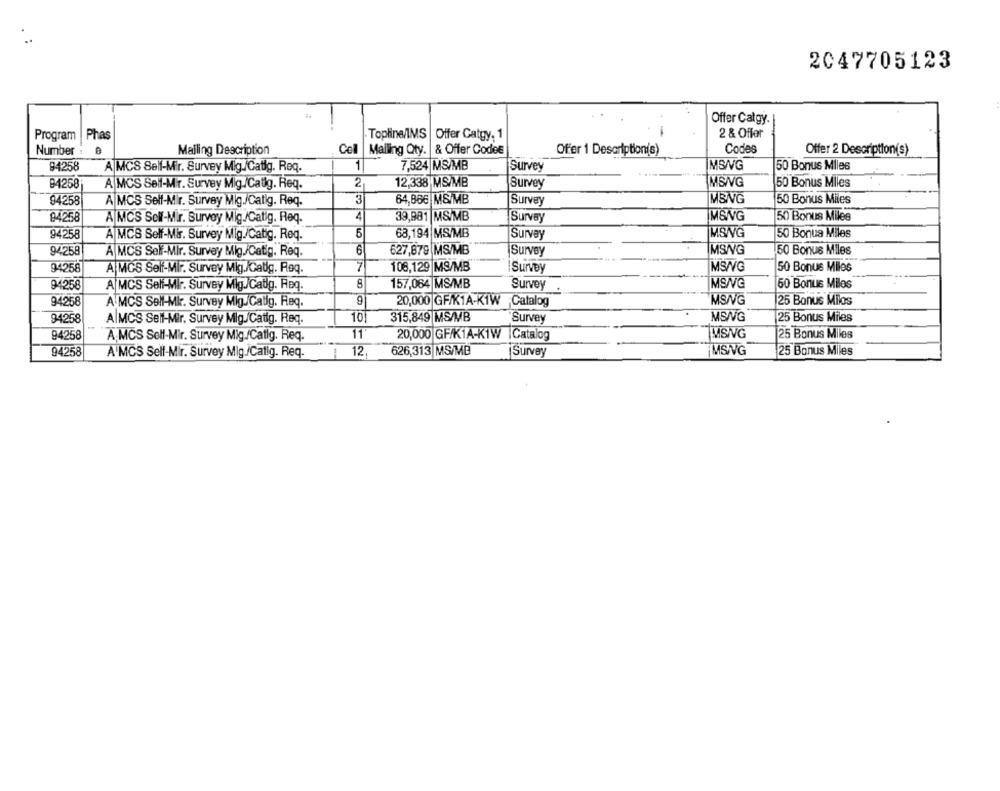
2047705123
Offer Całgy.
Phas
2 & Offer
Program
Topline/IMS |Offer Catgy, 1
Number :
Mailing Description
Cell
Mailing Qty. & Offer Codee
Offer 1 Description(s)
Codes
Offer 2 Description(s)
94258
1
7,524 MS/MB
Survey
IMB/G
50 Bonus Miles
A MCS Self-Mir. Survey Mig./Catig. Req.
2
12,338 MS/MB
MSIVG
50 Bonus Miles
84258
A MCS Sell-Mr. Survey Mig./Catig. Req.
Survey
3
64,886 MS/MB
MBNG
94258
A MCS Self-Mir. Survey Mig./Catig. Req.
Survey
50 Bonus Miles
84258
A MCS Sell-Mir. Survey Mig./Catig. Req.
4
39,981 MS/MB
Survey
MSNVG
50 Bonus Milee
94258
A MCS Self-M&r. Survey Mig./Catig. Req.
5
63,194 MS/MB
Survey
MSNVG
50 Bonus Miles
94258
A MCS Self-Mir. Survey Mig./Catig. Req.
6
627,879 MS/MB
Survey
MS/VG
50 Bonus Miles
94258
7
108,129 MS/MB
! Survey
MS/VG
50 Bonus Miles
A MCS Self-Mir. Survey Mig./Gatilg. Røq.
94258
8
157,084 MS/MB
Survey
MSNVG
50 Bonus Miles
A MCS Self-Mir. Survey Mig./Cadg. Req.
94258
9
MSNVG
25 Bonus Milos
A MCS Sell-Mkr. Survey Mig.Catig. Req.
20,000 GF/K1A-K1W Catalog
315,849 MS/MB
MS/VG
94258
AlMCS Self-Mir. Survey Mig./Catig. Req.
10
Survey
25 Bonus Miles
94258
A MCS Self-Mir. Survey Mig./Catig. Reg.
11
20,000 GF/K1A-K1W |Catalog
IMSNG
25 Bonus Miles
94258
A'MCS Self-Mir. Survey Mig /Catig. Req.
12,
626,313 MS/MB
Survey
MSING
25 Bonus Miles